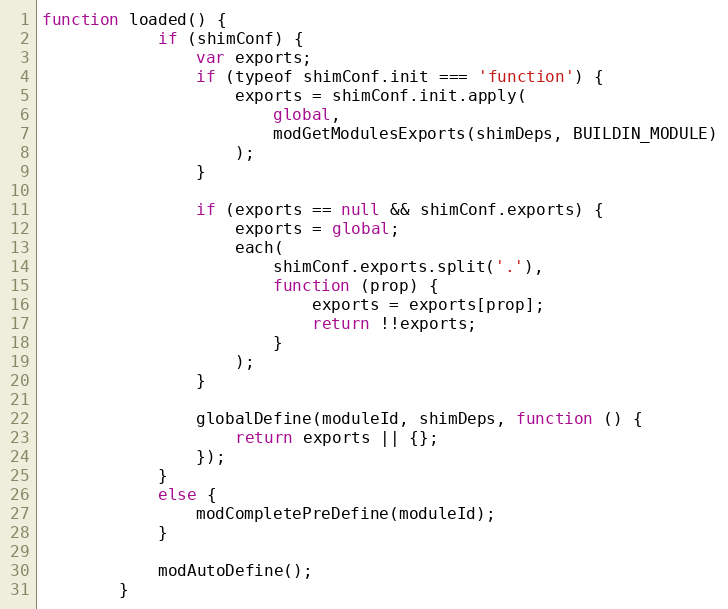
Language: JavaScript
function loaded() {
            if (shimConf) {
                var exports;
                if (typeof shimConf.init === 'function') {
                    exports = shimConf.init.apply(
                        global,
                        modGetModulesExports(shimDeps, BUILDIN_MODULE)
                    );
                }

                if (exports == null && shimConf.exports) {
                    exports = global;
                    each(
                        shimConf.exports.split('.'),
                        function (prop) {
                            exports = exports[prop];
                            return !!exports;
                        }
                    );
                }

                globalDefine(moduleId, shimDeps, function () {
                    return exports || {};
                });
            }
            else {
                modCompletePreDefine(moduleId);
            }

            modAutoDefine();
        }